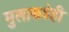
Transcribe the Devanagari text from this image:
मुलाकडेही